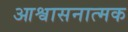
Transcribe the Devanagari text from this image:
आश्वासनात्मक